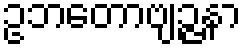
ဥဘတောဗျဉ္ဇနာ